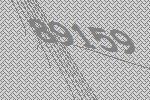
89159